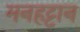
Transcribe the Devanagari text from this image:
मनहट्टान